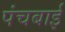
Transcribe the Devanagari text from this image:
पंचबाई